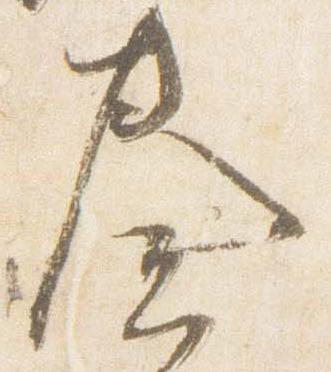
奏